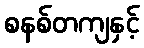
စနစ်တကျနှင့်